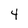
Character: 4